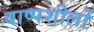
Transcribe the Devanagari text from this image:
वाष्पशीलों